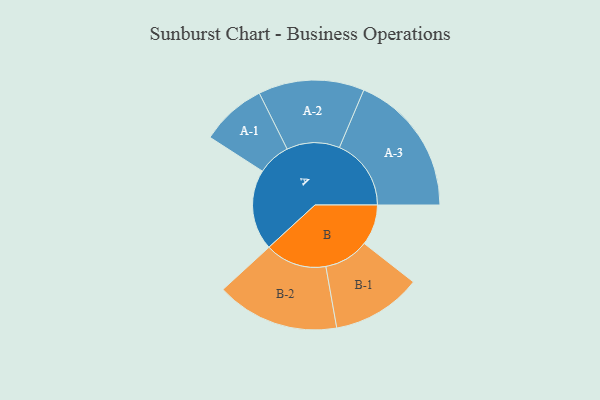
{"axis": {"x": "Segment", "y": "Value"}, "legend": ["", "A", "B"], "data": [{"x": "A", "y": 309, "type": ""}, {"x": "B", "y": 156, "type": ""}, {"x": "A-1", "y": 126, "type": "A"}, {"x": "A-2", "y": 203, "type": "A"}, {"x": "A-3", "y": 275, "type": "A"}, {"x": "B-1", "y": 172, "type": "B"}, {"x": "B-2", "y": 236, "type": "B"}]}